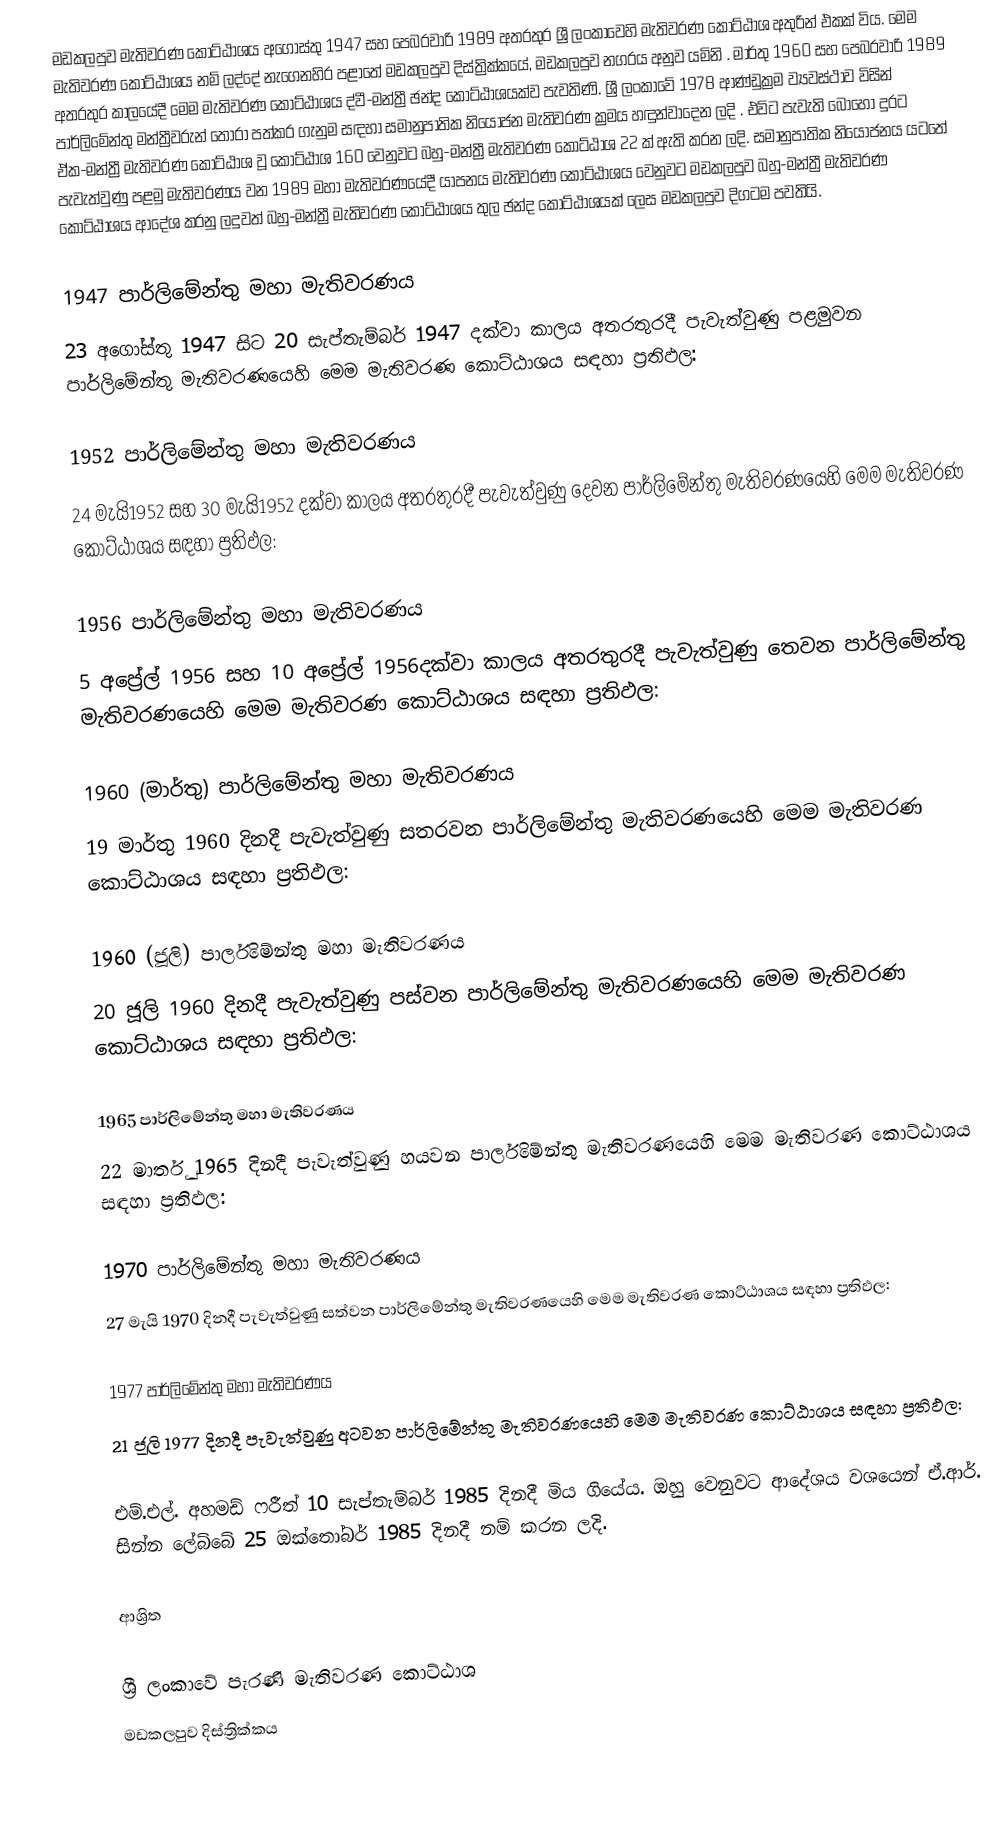
මඩකලපුව මැතිවරණ කොට්ඨාශය අගෝස්තු 1947 සහ පෙබරවාරි 1989 අතරතුර  ශ්‍රී ලංකාවෙහි  මැතිවරණ කොට්ඨාශ අතුරින් එකක් විය. මෙම මැතිවරණ කොට්ඨාශය නම් ලද්දේ  නැගෙනහිර පළාතේ  මඩකලපුව දිස්ත්‍රික්කයේ,  මඩකලපුව නගරය අනුව යමිනි . මාර්තු 1960 සහ පෙබරවාරි 1989 අතරතුර කාලයේදී මෙම මැතිවරණ කොට්ඨාශය ද්වී-මන්ත්‍රී ඡන්ද කොට්ඨාශයක්ව පැවතිණි. ශ්‍රී ලංකාවේ 1978 ආණ්ඩුක්‍රම ව්‍යවස්ථාව විසින්   පාර්ලිමේන්තු මන්ත්‍රීවරුන් තෝරා පත්කර ගැනුම සඳහා සමානුපාතික නියෝජන මැතිවරණ ක්‍රමය හඳුන්වාදෙන ලදි . එවිට පැවැති බොහෝ දුරට  ඒක-මන්ත්‍රී මැතිවරණ කොට්ඨාශ වූ කොට්ඨාශ 160 වෙනුවට බහු-මන්ත්‍රී මැතිවරණ කොට්ඨාශ 22 ක් ඇති කරන ලදි. සමානුපාතික නියෝජනය යටතේ පැවැත්වුණු  පළමු මැතිවරණය වන 1989 මහා මැතිවරණයේදී  යාපනය මැතිවරණ කොට්ඨාශය වෙනුවට  මඩකලපුව බහු-මන්ත්‍රී මැතිවරණ කොට්ඨාශය  ආදේශ කරනු ලදුවත් බහු-මන්ත්‍රී මැතිවරණ කොට්ඨාශය තුල ඡන්ද කොට්ඨාශයක් ලෙස මඩකලපුව දිගටම පවතියි.

1947 පාර්ලිමේන්තු මහා මැතිවරණය
23 අගෝස්තු 1947 සිට 20 සැප්තැම්බර් 1947 දක්වා කාලය අතරතුරදී පැවැත්වුණු   පළමුවන පාර්ලිමේන්තු මැතිවරණයෙහි මෙම මැතිවරණ කොට්ඨාශය සඳහා ප්‍රතිඵල:

1952 පාර්ලිමේන්තු මහා මැතිවරණය
24 මැයි1952 සහ 30 මැයි1952 දක්වා කාලය අතරතුරදී පැවැත්වුණු   දෙවන පාර්ලිමේන්තු මැතිවරණයෙහි මෙම මැතිවරණ කොට්ඨාශය සඳහා ප්‍රතිඵල:

1956 පාර්ලිමේන්තු මහා මැතිවරණය
5 අප්‍රේල් 1956 සහ 10 අප්‍රේල් 1956දක්වා කාලය අතරතුරදී පැවැත්වුණු   තෙවන පාර්ලිමේන්තු මැතිවරණයෙහි මෙම මැතිවරණ කොට්ඨාශය සඳහා ප්‍රතිඵල:

1960 (මාර්තු) පාර්ලිමේන්තු මහා මැතිවරණය
19 මාර්තු 1960 දිනදී පැවැත්වුණු   සතරවන පාර්ලිමේන්තු මැතිවරණයෙහි මෙම මැතිවරණ කොට්ඨාශය සඳහා ප්‍රතිඵල:

1960 (ජූලි) පාර්ලිමේන්තු මහා මැතිවරණය
20 ජූලි 1960 දිනදී පැවැත්වුණු   පස්වන පාර්ලිමේන්තු මැතිවරණයෙහි මෙම මැතිවරණ කොට්ඨාශය සඳහා ප්‍රතිඵල:

1965 පාර්ලිමේන්තු මහා මැතිවරණය
22 මාර්තු 1965  දිනදී පැවැත්වුණු   හයවන පාර්ලිමේන්තු මැතිවරණයෙහි මෙම මැතිවරණ කොට්ඨාශය සඳහා ප්‍රතිඵල:

1970 පාර්ලිමේන්තු මහා මැතිවරණය
27 මැයි 1970 දිනදී පැවැත්වුණු   සත්වන පාර්ලිමේන්තු මැතිවරණයෙහි මෙම මැතිවරණ කොට්ඨාශය සඳහා ප්‍රතිඵල:

1977 පාර්ලිමේන්තු මහා මැතිවරණය
21 ජූලි 1977 දිනදී පැවැත්වුණු   අටවන පාර්ලිමේන්තු මැතිවරණයෙහි මෙම මැතිවරණ කොට්ඨාශය සඳහා ප්‍රතිඵල:

එම්.එල්. අහමඩ් ෆරීත් 10 සැප්තැම්බර් 1985 දිනදී මිය ගියේය. ඔහු වෙනුවට ආදේශය වශයෙන් ඒ.ආර්. සින්න ලේබ්බේ 25 ඔක්තෝබර් 1985 දිනදී නම් කරන ලදි.

ආශ්‍රිත

ශ්‍රී ලංකාවේ පැරණි මැතිවරණ කොට්ඨාශ
මඩකලපුව දිස්ත්‍රික්කය